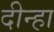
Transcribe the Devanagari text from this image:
दीन्हा